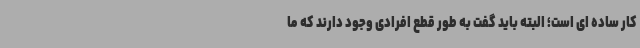
کار ساده ای است؛ البته باید گفت به طور قطع افرادی وجود دارند که ما